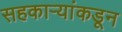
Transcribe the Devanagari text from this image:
सहकाऱ्यांकडून